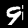
Digit: 9